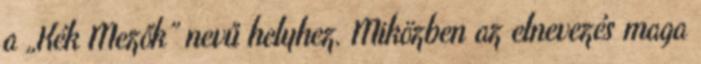
a „Kék Mezők” nevű helyhez. Miközben az elnevezés maga